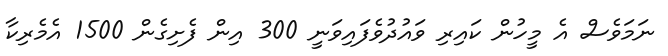
ނަމަވެސް އެ މީހުން ކައިރި ވައުދުވެފައިވަނީ 300 އިން ފެށިގެން 1500 އެމެރިކާ